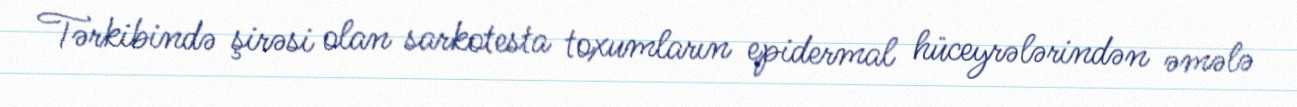
Tərkibində şirəsi olan sarkotesta toxumların epidermal hüceyrələrindən əmələ